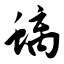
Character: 螭